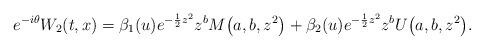
LaTeX: \begin{gather*} e^{-i\theta}W_2(t,x)=\beta_1(u) e^{-\frac12z^2}z^b M\big(a,b,z^2\big)+\beta_2(u) e^{-\frac12z^2}z^b U\big(a,b,z^2\big) .\end{gather*}